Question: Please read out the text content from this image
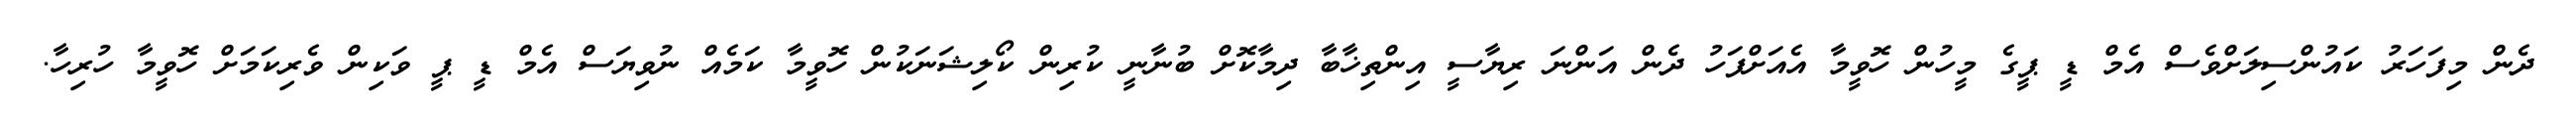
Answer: ދެން މިފަހަރު ކައުންސިލަށްވެސް އެމް ޑީ ޕީގެ މީހުން ހޮވީމާ އެއަށްފަހު ދެން އަންނަ ރިޔާސީ އިންތިޚާބާ ދިމާކޮށް ބުނާނީ ކުރިން ކޯލިޝަނަކުން ހޮވީމާ ކަމެއް ނުވިޔަސް އެމް ޑީ ޕީ ވަކިން ވެރިކަމަށް ހޮވީމާ ހުރިހާ.